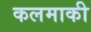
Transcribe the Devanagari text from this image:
कलमाकी